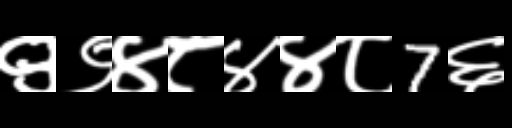
Text: ९९४८४४८7६